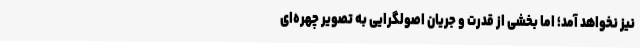
نیز نخواهد آمد؛ اما بخشی از قدرت و جریان اصولگرایی به تصویر چهره‌ای